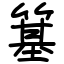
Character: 簊